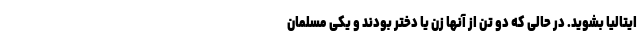
ایتالیا بشوید. در حالی که دو تن از آنها زن یا دختر بودند و یکی مسلمان